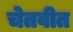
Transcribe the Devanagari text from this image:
चेतवीत